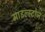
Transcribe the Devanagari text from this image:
माइल्स्टोन